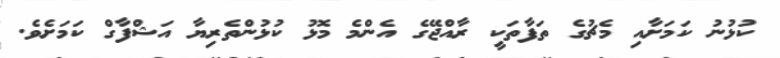
ކުޅުނު ކަމަށާއި މެޗުގެ ތަފާތަކީ ރާއްޖޭގެ އެންމެ މޮޅު ކުޅުންތެރިޔާ އަޝްފާގް ކަމަށެވެ.